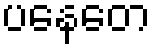
ပနေတေ